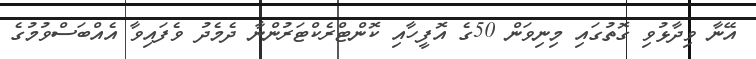
އޭނާ ވިދާޅުވި ގޮތުގައި މިނިވަން 50ގެ އޮފީހާއި ކޮންޓްރެކްޓަރުންނާ ދެމެދު ވެފައިވާ އެއްބަސްވުމުގެ